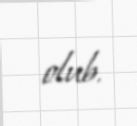
olub.